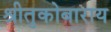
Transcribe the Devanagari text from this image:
श्रीतुकोबाराय